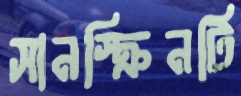
সানস্ক্রিনটি